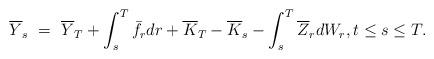
LaTeX: \begin{align*}\overline{Y}_s \ = \ \overline{Y}_T + \int_s^T \bar{f}_r dr + \overline K_T - \overline K_s - \int_s^T \overline{Z}_r dW_r, t \leq s \leq T.\end{align*}